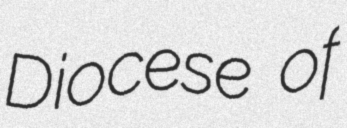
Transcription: Diocese of